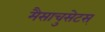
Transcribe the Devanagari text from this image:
मैसाचुसेटस्